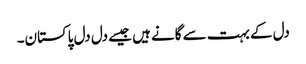
دل کے بہت سے گانے ہیں جیسے دل دل پاکستان۔